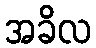
အခိလ